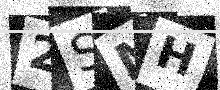
Text: 2SMH